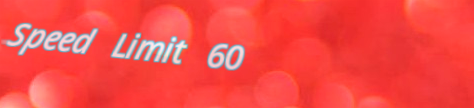
Speed Limit 60